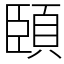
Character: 頣